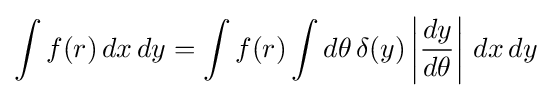
\int f(r)\,dx\,dy=\int f(r)\int d\theta \,\delta (y)\left|{\frac {dy}{d\theta }}\right|\,dx\,dy